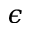
\epsilon